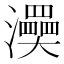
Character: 㶔